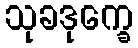
သုခဒုက္ခေ